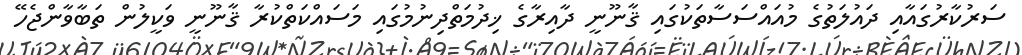
ސަރުކާރުގައާއި ދައުލަތުގެ މުއައްސަސާތަކުގައި ޤާނޫނީ ދާއިރާގެ ޚިދުމަތްދިނުމުގައި މަސައްކަތްކުރާ ޤާނޫނީ ވަކީލުން ތަބާވާންޖެހޭ